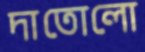
দাতোলো